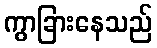
ကွာခြားနေသည်